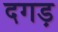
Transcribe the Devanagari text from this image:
दगड़